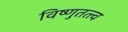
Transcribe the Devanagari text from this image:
विष्णुतत्त्व